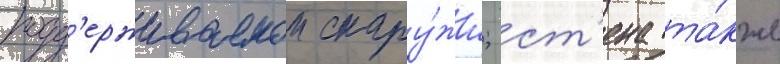
подд'ерживаемои снару́жи; ст'ена та́кже